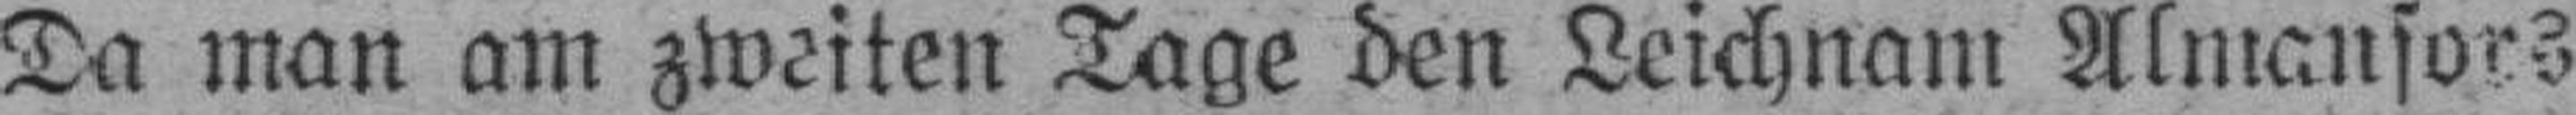
Da man am zweiten Tage den Leichnam Almansors